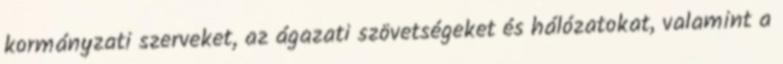
kormányzati szerveket, az ágazati szövetségeket és hálózatokat, valamint a